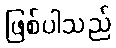
ဖြစ်ပါသည်